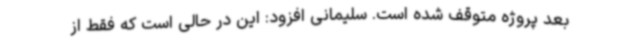
بعد پروژه متوقف شده است. سلیمانی افزود: این در حالی است که فقط از